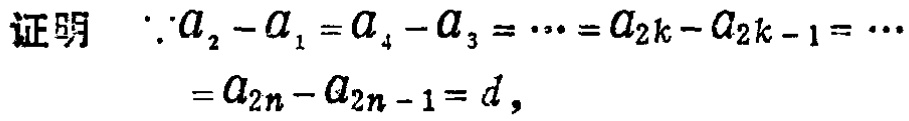
```latex

证明 \(\because a_{2}-a_{1}=a_{4}-a_{3}=\cdots =a_{2k}-a_{2k - 1}=\cdots\)

\(=a_{2n}-a_{2n - 1}=d,\)

```